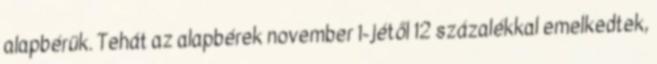
alapbérük. Tehát az alapbérek november 1-jétől 12 százalékkal emelkedtek,